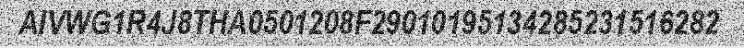
AIVWG1R4J8THA0501208F29010195134285231516282